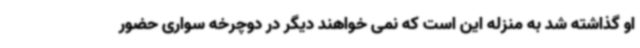
او گذاشته شد به منزله این است که نمی خواهند دیگر در دوچرخه سواری حضور